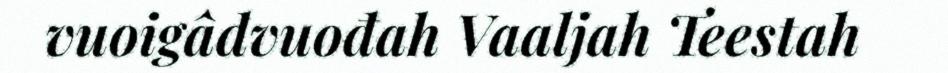
vuoigâdvuođah Vaaljah Teestah